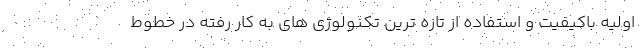
اولیه باکیفیت و استفاده از تازه ترین تکنولوژی های به کار رفته در خطوط